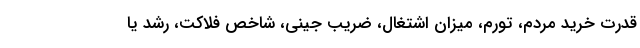
قدرت خرید مردم، تورم، میزان اشتغال، ضریب جینی، شاخص فلاکت، رشد یا